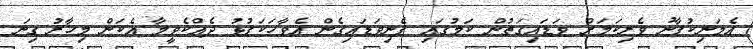
އެމަނިކުފާނު ވެރިކަމަށް ވަޑައިގަތުން ކަމުގައި ފެނިވަޑައިގެން އެވާހަކަފުޅު ދެއްކެވީމާ އެކަން މިހާރު ގިނަ